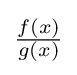
{\textstyle {\frac {f(x)}{g(x)}}}